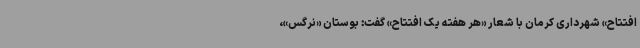
افتتاح» شهرداری کرمان با شعار «هر هفته یک افتتاح» گفت: بوستان «نرگس»،